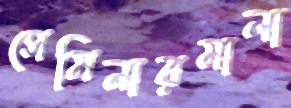
সেমিনারমালা